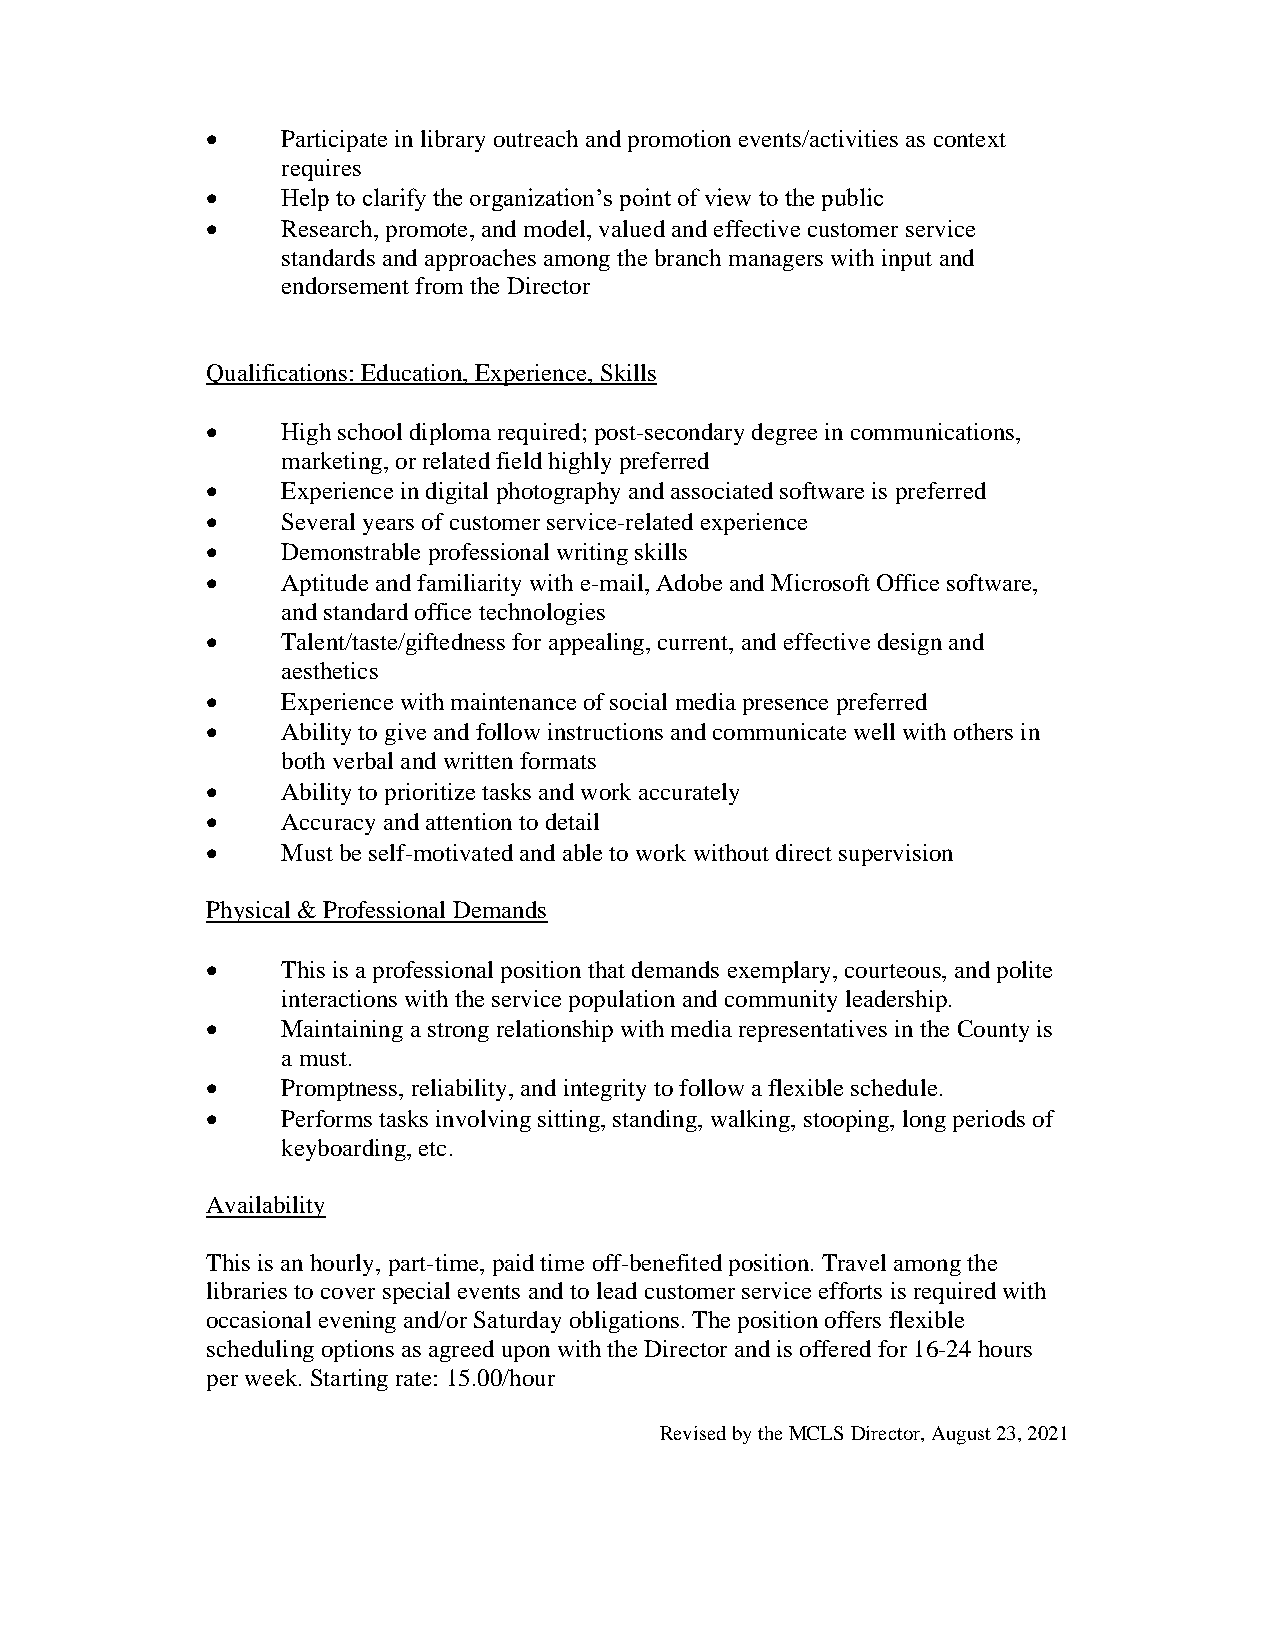
•    Participate in library outreach and promotion events/activities as context
 requires
 •    Help to clarify the organization’s point of view to the public
 •    Research, promote, and model, valued and effective customer service
 standards and approaches among the branch managers with input and
 endorsement from the Director
 Qualifications: Education, Experience, Skills
 •    High school diploma required; post-secondary degree in communications,
 marketing, or related field highly preferred
 •    Experience in digital photography and associated software is preferred
 •    Several years of customer service-related experience
 •    Demonstrable professional writing skills
 •    Aptitude and familiarity with e-mail, Adobe and Microsoft Office software,
 and standard office technologies
 •    Talent/taste/giftedness for appealing, current, and effective design and
 aesthetics
 •    Experience with maintenance of social media presence preferred
 •    Ability to give and follow instructions and communicate well with others in
 both verbal and written formats
 •    Ability to prioritize tasks and work accurately
 •    Accuracy and attention to detail
 •    Must be self-motivated and able to work without direct supervision
 Physical & Professional Demands
 •    This is a professional position that demands exemplary, courteous, and polite
 interactions with the service population and community leadership.
 •    Maintaining a strong relationship with media representatives in the County is
 a must.
 •    Promptness, reliability, and integrity to follow a flexible schedule.
 •    Performs tasks involving sitting, standing, walking, stooping, long periods of
 keyboarding, etc.
 Availability
 This is an hourly, part-time, paid time off-benefited position. Travel among the
 libraries to cover special events and to lead customer service efforts is required with
 occasional evening and/or Saturday obligations. The position offers flexible
 scheduling options as agreed upon with the Director and is offered for 16-24 hours
 per week. Starting rate: 15.00/hour
 Revised by the MCLS Director, August 23, 2021